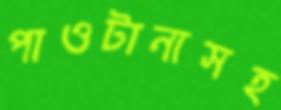
পাওটানাসহ